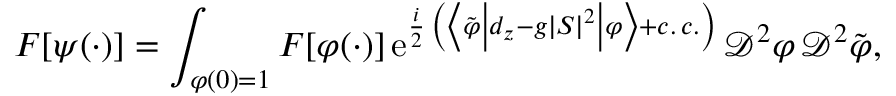
F \lbrack \psi ( \cdot ) \rbrack = \int _ { \varphi ( 0 ) = 1 } F \lbrack \varphi ( \cdot ) \rbrack \, \mathrm { e } ^ { \frac { i } { 2 } \, \left( \left\langle \tilde { \varphi } \left\vert d _ { z } - g \vert S \vert ^ { 2 } \right\vert \varphi \right\rangle + c . \, c . \right) } \, \mathscr { D } ^ { 2 } \varphi \, \mathscr { D } ^ { 2 } \tilde { \varphi } ,